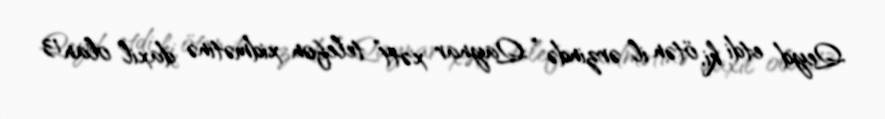
Qeyd etdi ki, ötən il ərzində “Qaynar xətt” telefon xidmətinə daxil olan 13